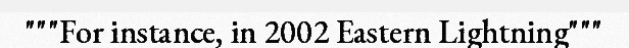
"""For instance, in 2002 Eastern Lightning"""